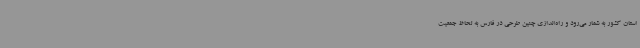
استان کشور به شمار می‌رود و راه‌اندازی چنین طرحی در فارس به لحاظ جمعیت